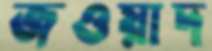
জওয়াদ